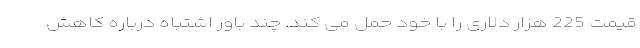
قیمت 225 هزار دلاری را با خود حمل می کند. چند باور اشتباه درباره کاهش